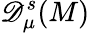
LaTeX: \mathscr{D}_{\mu}^{s}(M)